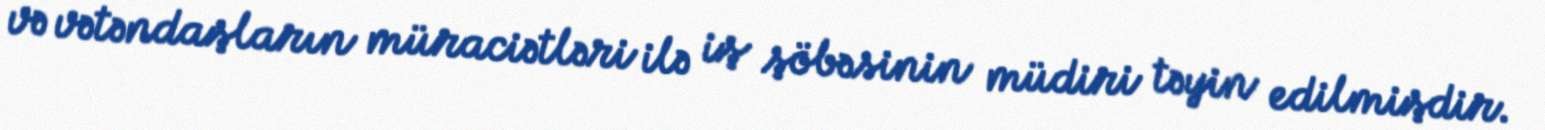
və vətəndaşların müraciətləri ilə iş şöbəsinin müdiri təyin edilmişdir.